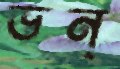
ভন্